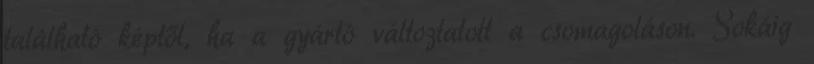
található képtől, ha a gyártó változtatott a csomagoláson. Sokáig